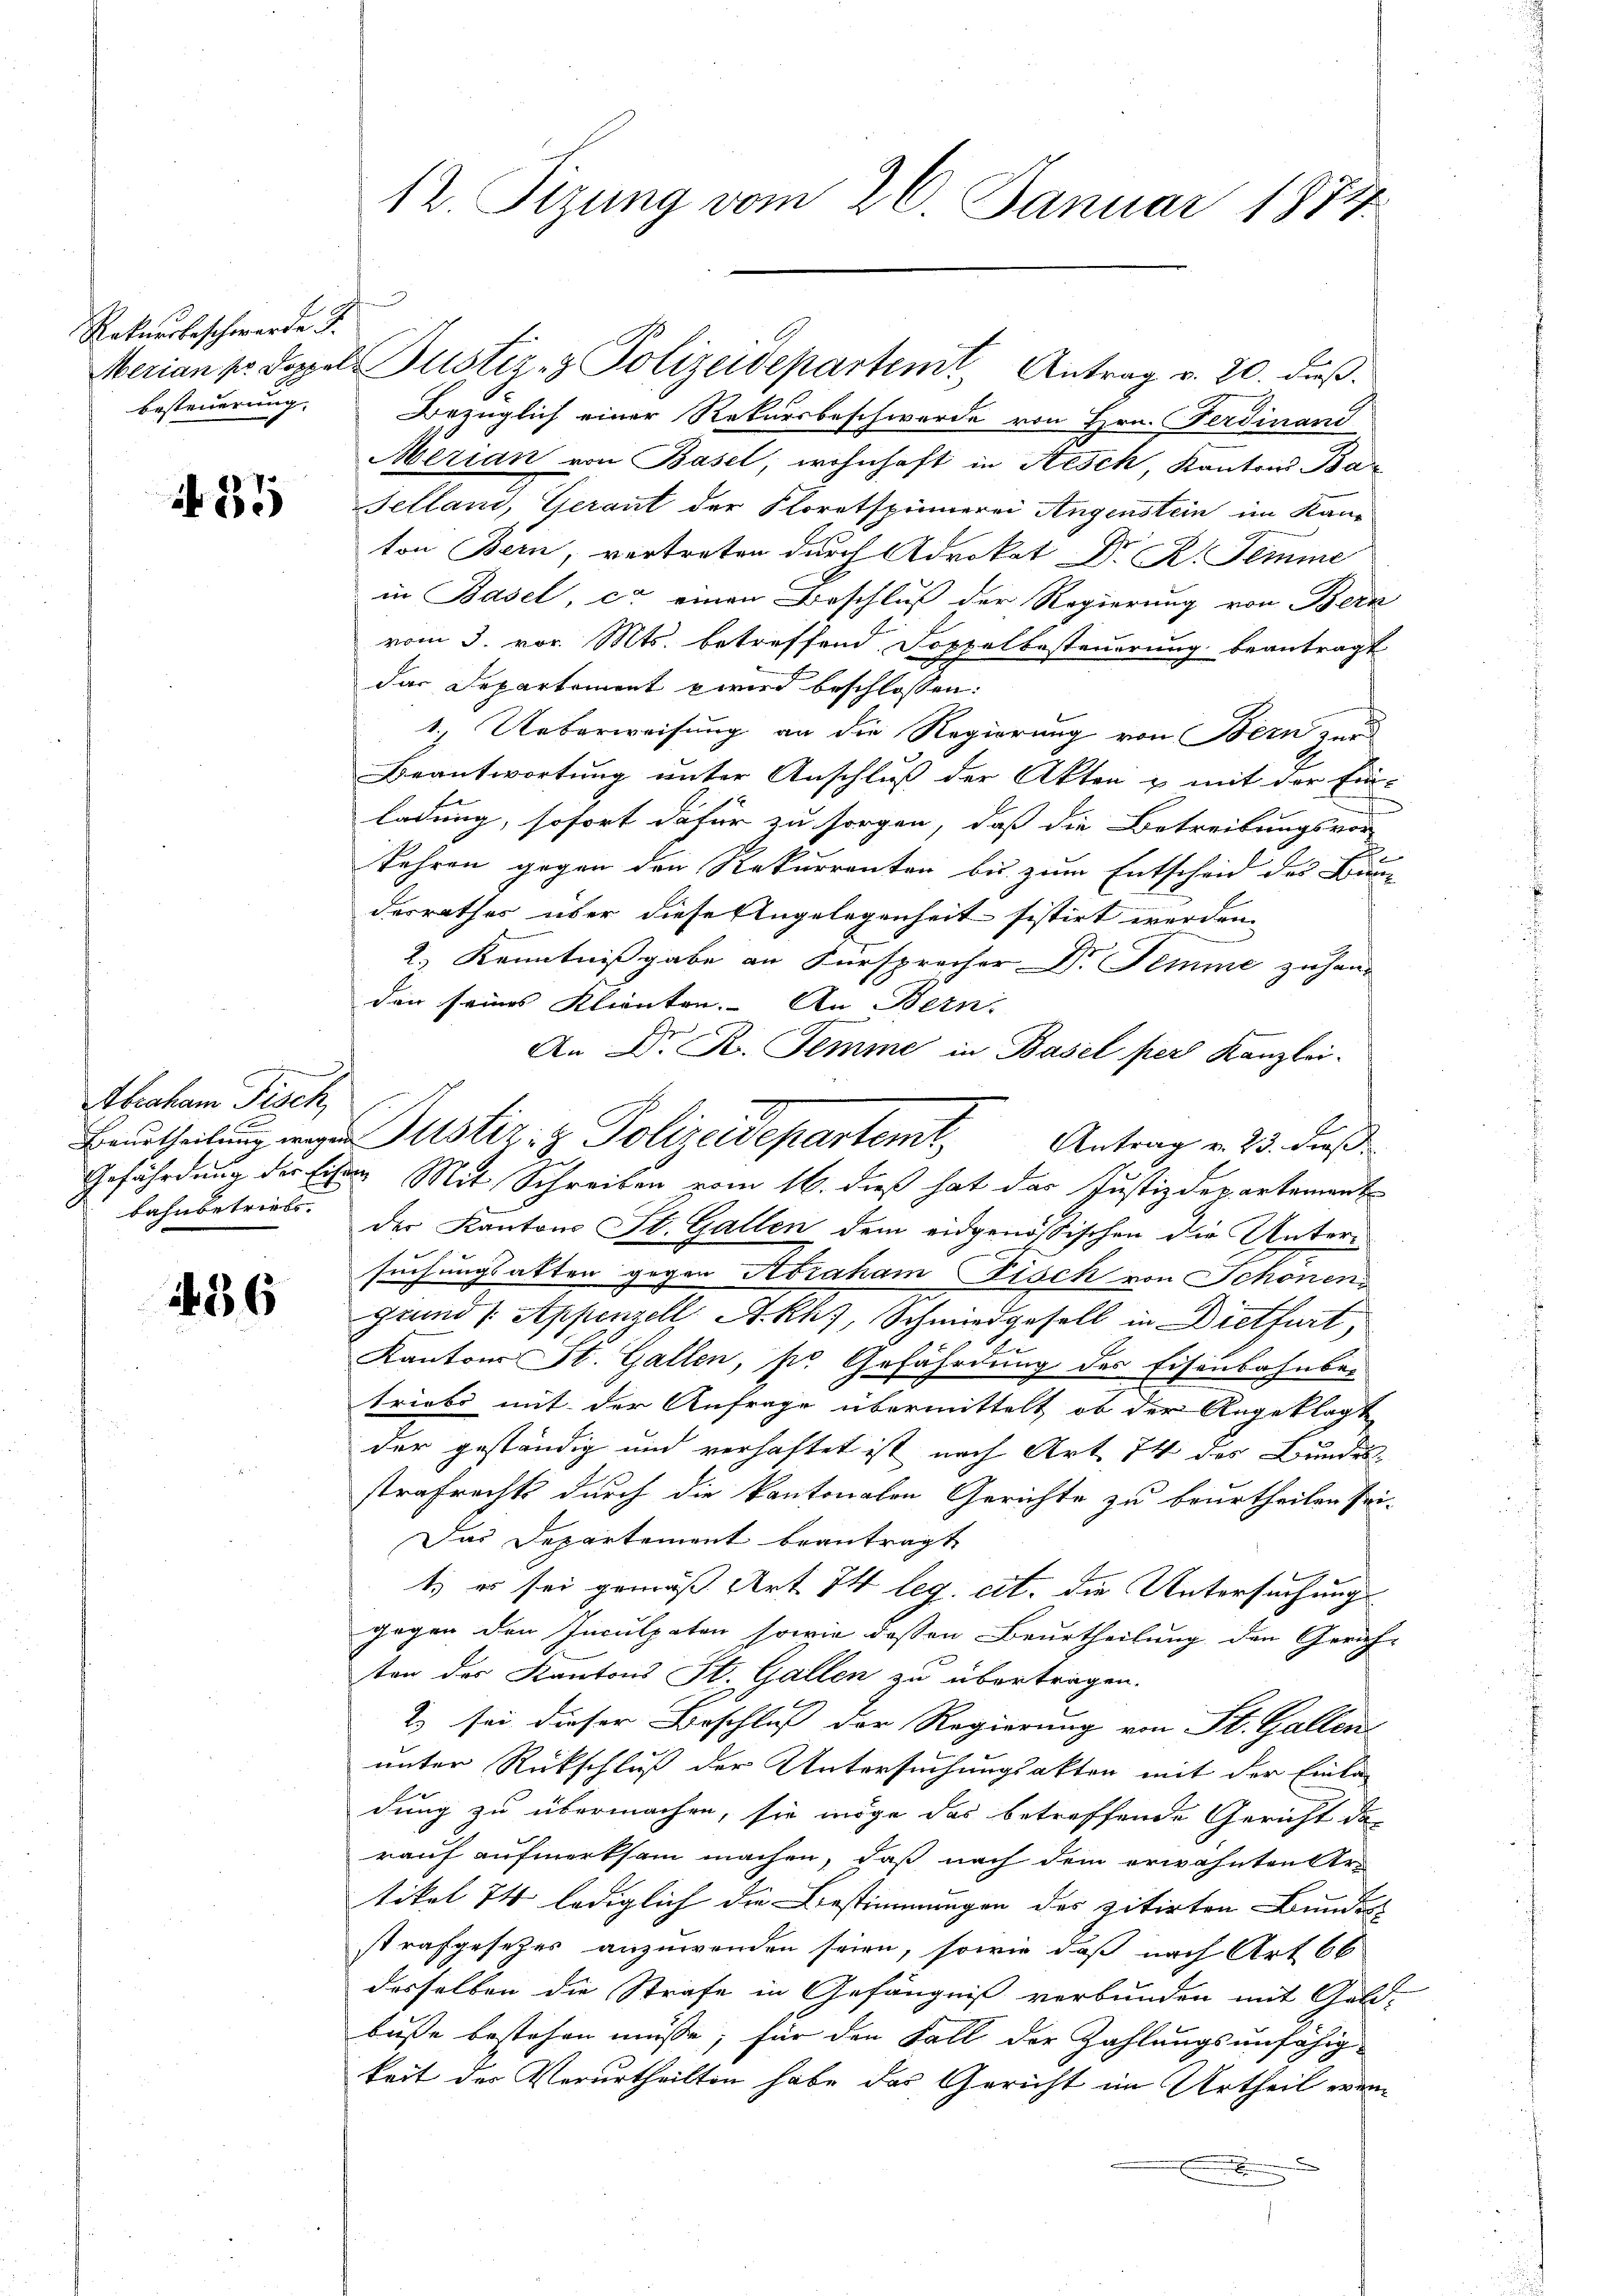
Rekursbeschwerde I.
besteuerung.

31

Bezüglich einer Rekursbeschwerde von Hrn. Ferdinand
Merian von Basel, wohnhaft in Resch, Kantons Ba
Felland, Gerant der Floretspinnerei Augenstein im Kan-

ton Bern, vertreten durch Advokat Dr. R. Temme
in Basel, ca einen Beschluß der Regierung von Bern
vom 3. vor. Mts. betreffend Doppelbesteuerung beantragt
das Departement wird beschlossen:
1.) Ueberweisung an die Regierung von Bern zur
Beantwortung unter Anschluß der Akten & mit der Ein-
ladung, sofort dafür zu sorgen, daß die Betreibungsvor-
kehren gegen den Rekurrenten bis zum Entscheid des Binn
desrathes über diese Angelegenheit sistirt werden.
d
2.) Kenntnißgabe an Fürsprecher G. Semme zuhang
den seines Klienten. An Bern
An Dr. R. Temme in Basel per Kanzlei-
Antrag v. 23. dieß.
Gefährdung der Eisen Mit Schreiben vom 16. dieß hat das Justiz der artement
der Kantons St. Gallen dem eidgenössischen die Unterisuchungsakten gegen Abraham Fisch von Schönen
Grund 1. Appenzell A.Rh., Schmiedgesell in Dietfurt,
Kantons St. Gallen, pr Gefährdung des Eisenbahnber
triebe mit der Anfrage übermittelt, ob der Angeklagte
der geständig und verhaftet ist nach Art. 74 des Bundes-
strafrechts durch die kantonalen Gerichte zu beurtheilen sei.
Das Departement beantragt
t. er sei gemäß Art. 74 leg. cit. die Untersuchung
gegen den Inculpaten sowie dessen Beurtheilung den Gerich-
sten des Kantons St. Gallen zu übertragen.
2 sei dieser Beschluß der Regierung von St. Gallen
unter Rückschluß der Untersuchungsakten mit der Einla
dung zu übermachen, sie möge das betreffende Gericht das
rauf aufmerksam machen, daß nach dem erwähnten Artikel 74 lediglich die Bestimmungen des zitirten Bundes
strafgesetzes anzuwenden seien, sowie daß nach Art 66
desselben die Strafe in Gefängniß verbunden mit Geld-
buße bestehen müsse; für den Fall der Zahlungsunfähig
keit der Verurtheilten habe das Gericht im Urtheil erenx

Abraham Tisch,
bahnbetriebe.

36

12. Sizung vom 26. Januar 1874

n

Merian pr. Doppel Justiz- & Polizeidepartemt Antrag v. 20. dieβ.

Beurtheilung wegen Justiz- & Polizeidepartemt,